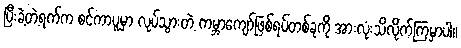
ပြီးခဲ့တဲ့ရက်က စင်ကာပူမှာ လုပ်သွားတဲ့ ကမ္ဘာကျော်ဖြစ်ရပ်တစ်ခုကို အားလုံးသိလိုက်ကြမှာပါ။